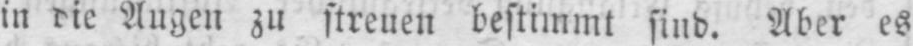
in die Augen zu streuen bestimmt sind. Aber es